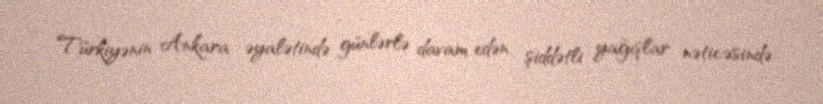
Türkiyənin Ankara əyalətində günlərlə davam edən şiddətli yağışlar nəticəsində